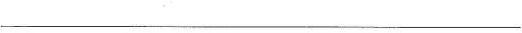
___